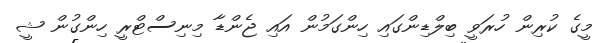
މީގެ ކުރިން ހުރަވީ ބިލްޑިންގައި ހިންގަމުން އައި ޖެންޑާ މިނިސްޓްރީ ހިންގުން ޝީ